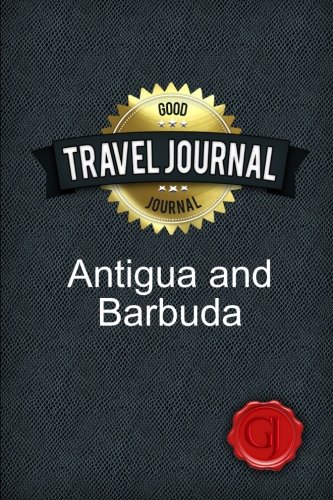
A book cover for Travel Journal Antigua and Barbuda; Amazing Journal; Travel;